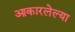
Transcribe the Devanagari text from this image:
आकारलेल्या